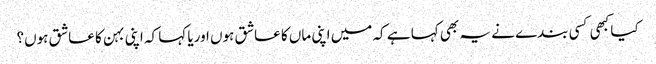
کیا کبھی کسی بندے نے یہ بھی کہا ہے کہ میں اپنی ماں کا عاشق ہوں اوریا کہا کہ اپنی بہن کا عاشق ہوں؟